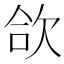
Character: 欱